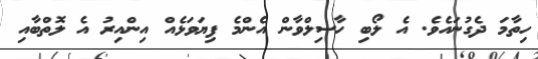
ހިތާމަ ދެގުނައެވެ. އެ ލޯބި ހާސިލްވާން އެންމެ ފިޔަވަޅެއް އިންއިރު އެ ލޮތްބާއި